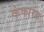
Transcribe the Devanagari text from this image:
कंकारय